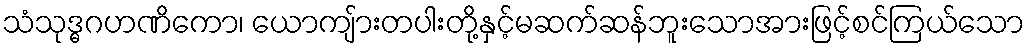
သံသုဒ္ဓဂဟဏိကော၊ ယောကျ်ားတပါးတို့နှင့်မဆက်ဆန်ဘူးသောအားဖြင့်စင်ကြယ်သော